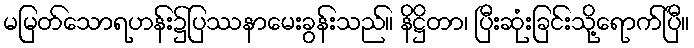
မမြတ်သောရဟန်း၌ပြဿနာမေးခွန်းသည်။ နိဋ္ဌိတာ၊ ပြီးဆုံးခြင်းသို့ရောက်ပြီ။